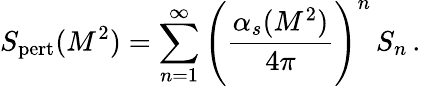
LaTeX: S_{\mathrm{pert}}(M^{2})=\sum_{n=1}^{\infty}\Bigg({\frac{\alpha_{s}(M^{2})}{4\pi}}\Bigg)^{n}\, S_{n}\, .